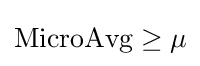
{\text{MicroAvg}}\geq \mu